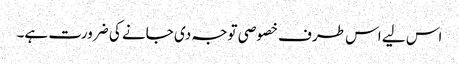
اس لیے اس طرف خصوصی توجہ دی جانے کی ضرورت ہے۔